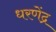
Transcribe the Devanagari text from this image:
धरणेंद्र